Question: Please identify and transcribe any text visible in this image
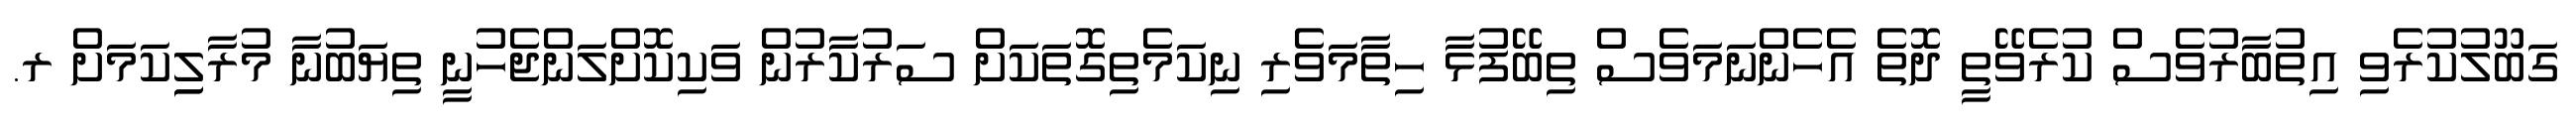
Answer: ގަބޫލުކުރެވި އިތުބާރުވެސް ކުރެވޭތީ ދޮތެ އެހެންނަމަވެސް ތިބޭފުޅާ ހިތާމަވެރި ނިކަމެތިގޮތަކަށް ސަރުކާރުން ވަކިކޮށްލަންޖެހުނީ ތިޔަބުނާ މުރާލިިކަމަށް ރ.